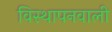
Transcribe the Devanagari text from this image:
विस्थापनवाली